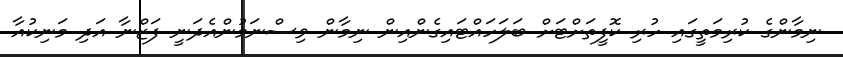
ނިމާންގެ ކުރިމަތީގައި ހުރި ކޮފީތަށްޓަށް ބަލަހައްޓައިގެންއިން ނިމާން ވިސްނަމުންއެދަނީ ފަޒްނާ އަދި މަނިކުއާ